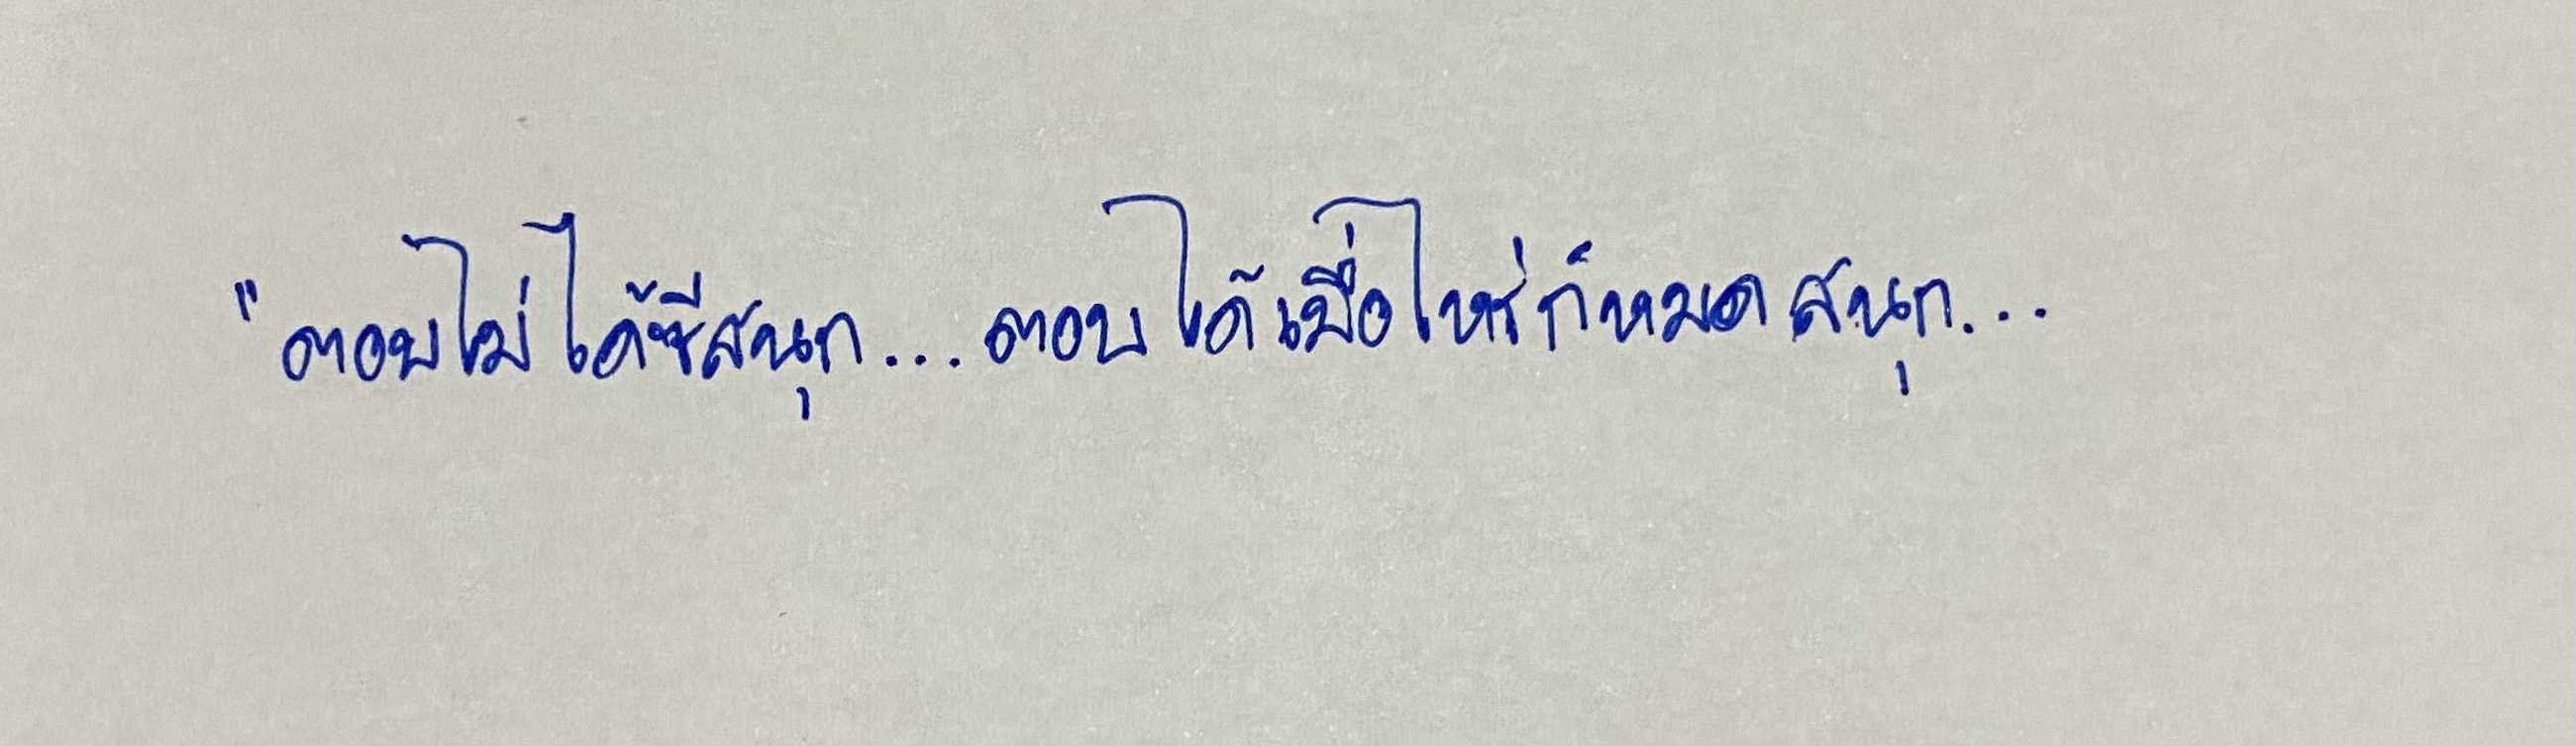
"ตอบไม่ได้ซีสนุก...ตอบได้เมื่อไหร่ก็หมดสนุก...